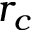
r _ { c }